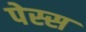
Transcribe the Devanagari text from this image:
पेस्स